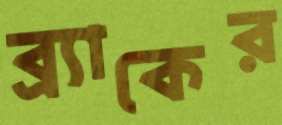
ব্র্যাকের